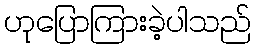
ဟုပြောကြားခဲ့ပါသည်